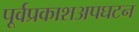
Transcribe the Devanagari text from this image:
पूर्वप्रकाशअपघटन